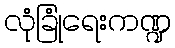
လုံခြုံရေးကဏ္ဍ